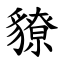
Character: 䝤